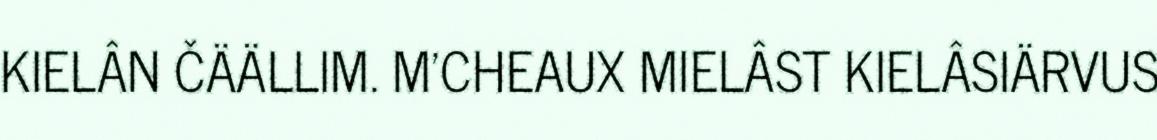
KIELÂN ČÄÄLLIM. M'CHEAUX MIELÂST KIELÂSIÄRVUS